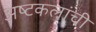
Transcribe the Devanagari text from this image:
अष्‍टकलांची